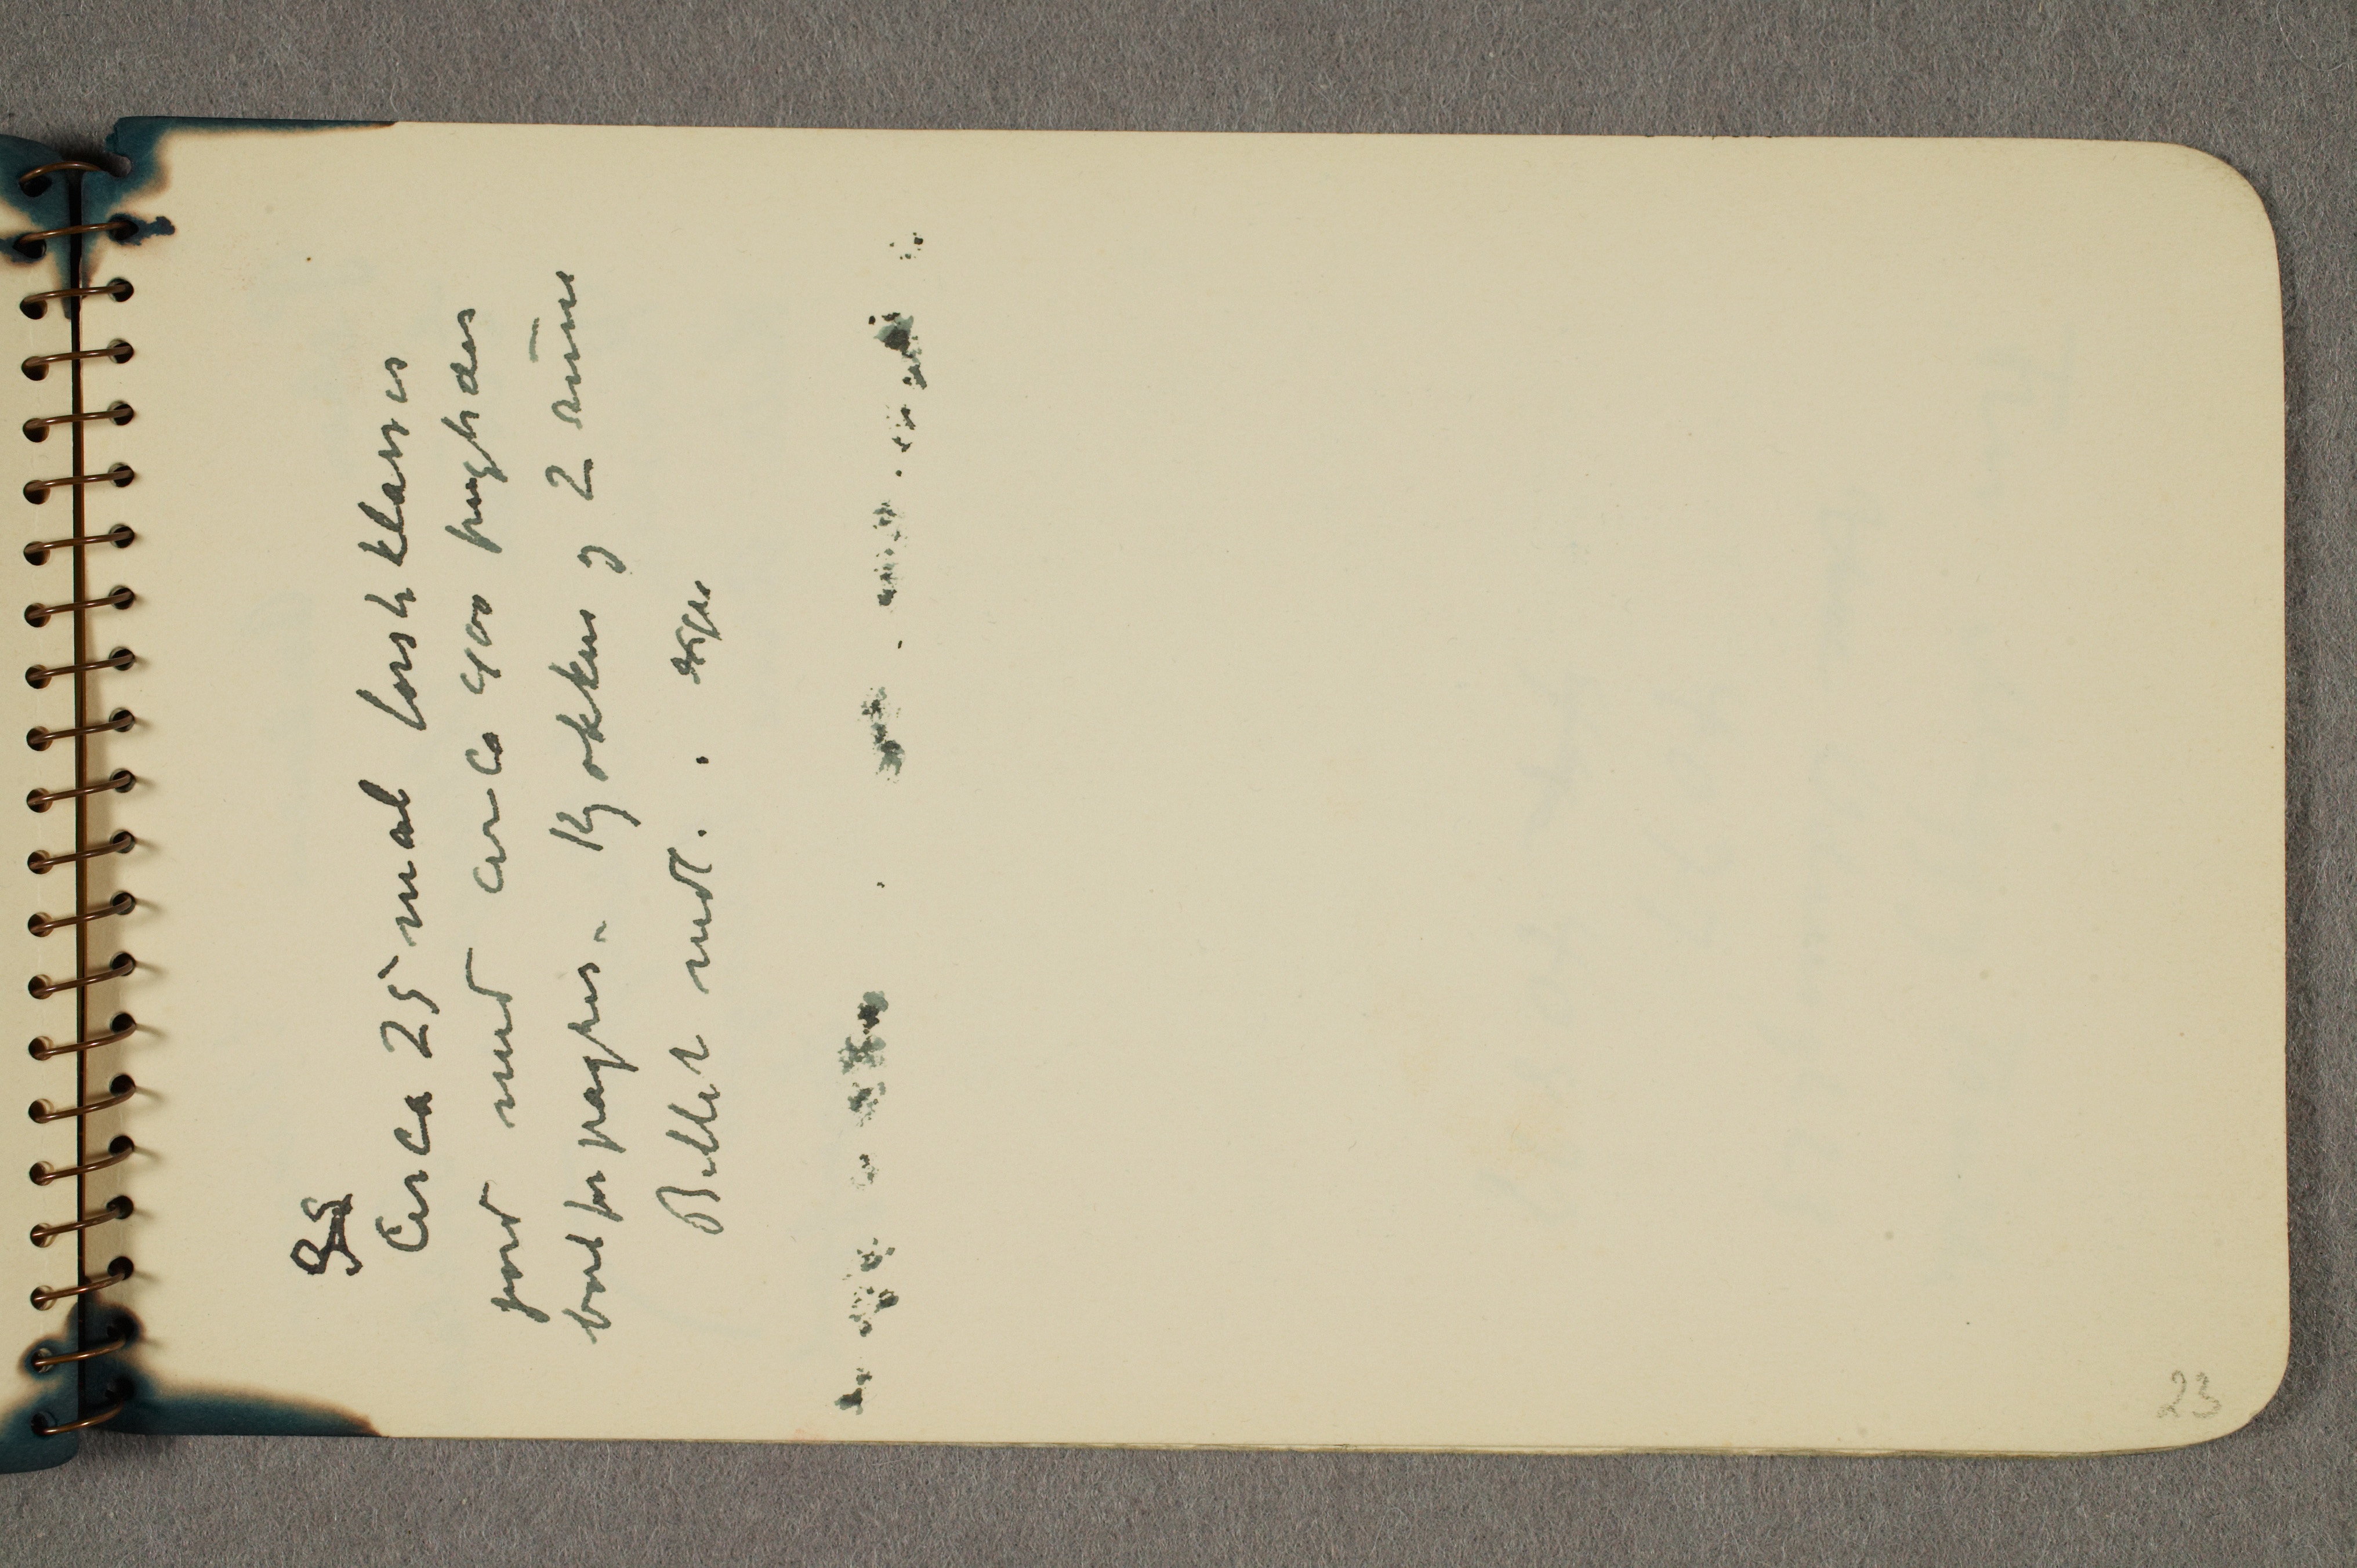
35
Circa 25 mål førsteklasses
jord med circa 400 frugtræer
bortforpagtes – Kjøkken og 2 rum
Billet vedl. ...